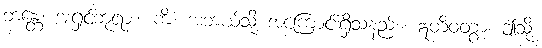
ဘန္တေ၊ အရှင်ဘုရား။ ကိံ၊ အဘယ်သို့ အကြောင်းရှိသနည်း။ ဣတိဝတွာ၊ ဤသို့